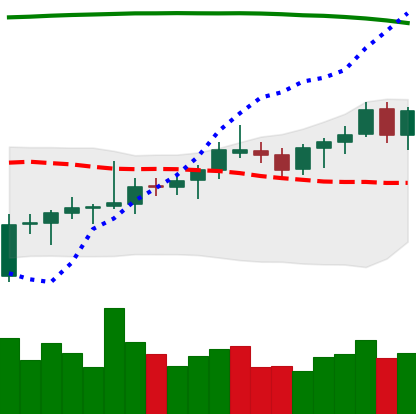
Ticker: BNB-USD
Chart end date: 2021-08-09
Forward return: 15.232%
Label: up_7plus